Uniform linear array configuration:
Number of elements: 64
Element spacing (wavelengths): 0.5
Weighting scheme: blackman
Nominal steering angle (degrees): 0
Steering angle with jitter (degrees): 1.515
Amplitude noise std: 0.05
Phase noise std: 0.05

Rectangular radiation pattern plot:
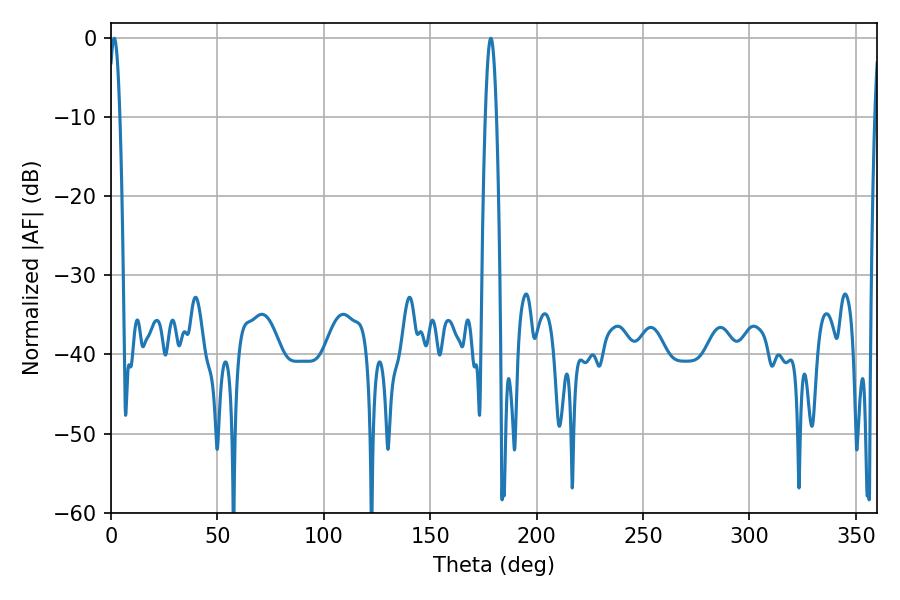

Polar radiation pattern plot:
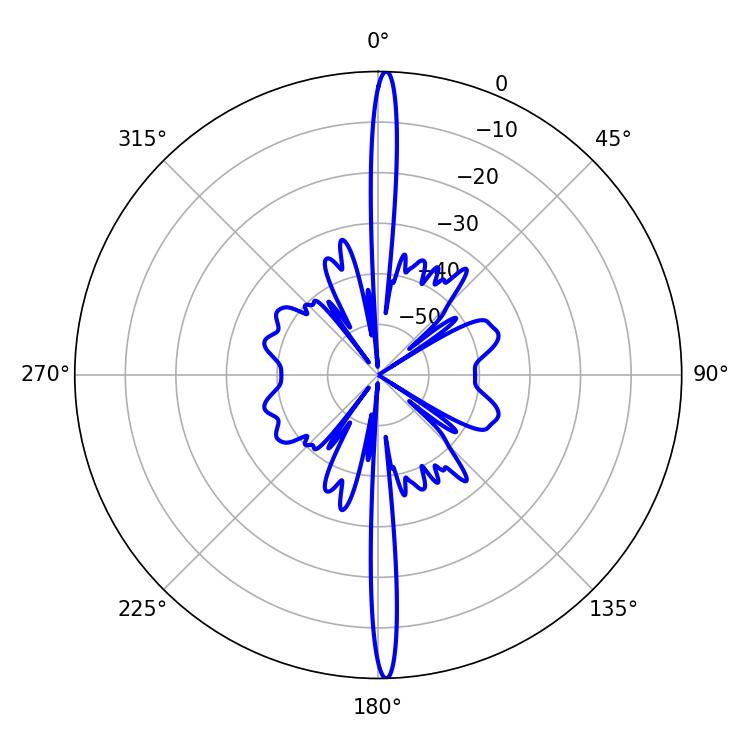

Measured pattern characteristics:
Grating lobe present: FALSE
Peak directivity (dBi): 28.301
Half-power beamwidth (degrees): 2.7
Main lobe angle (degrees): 1.44